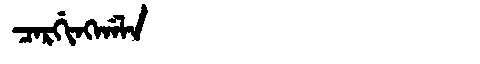
Manchu: ᠴᠠᡵᡤᡳᠩᡤᠠᠯᠠ
Romanization: CARGINGGALA